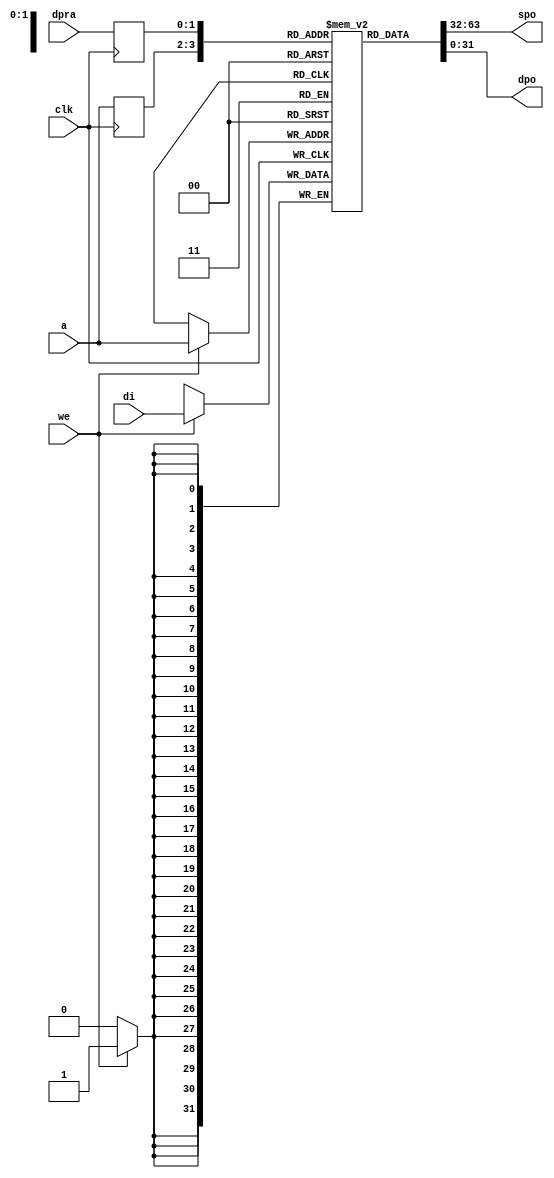
module fm_cmn_bram_00 (
    clk,
    we,
    a,
    dpra,
    di,
    spo,
    dpo
 );

//////////////////////////////////
// parameter
//////////////////////////////////
    parameter P_WIDTH = 32;
    parameter P_RANGE = 2;
    parameter P_DEPTH = 1 << P_RANGE;
//////////////////////////////////
// I/O port definition
//////////////////////////////////
    input                clk;
    input                we;
    input  [P_RANGE-1:0] a;
    input  [P_RANGE-1:0] dpra;
    input  [P_WIDTH-1:0] di;
    output [P_WIDTH-1:0] spo;
    output [P_WIDTH-1:0] dpo;

//////////////////////////////////
// reg 
//////////////////////////////////
    reg [P_WIDTH-1:0] ram [P_DEPTH-1:0];
    reg [P_RANGE-1:0] read_a;
    reg [P_RANGE-1:0] read_dpra;

//////////////////////////////////
// assign 
//////////////////////////////////
    assign spo = ram[read_a];
    assign dpo = ram[read_dpra];
//////////////////////////////////
// always
//////////////////////////////////
    always @(posedge clk) begin
        if (we) ram[a] <= di;
        read_a <= a;
        read_dpra <= dpra;
    end

endmodule